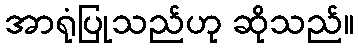
အာရုံပြုသည်ဟု ဆိုသည်။